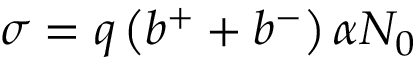
\sigma = q \left( b ^ { + } + b ^ { - } \right) \alpha N _ { 0 }